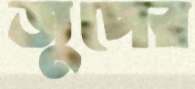
জুপের